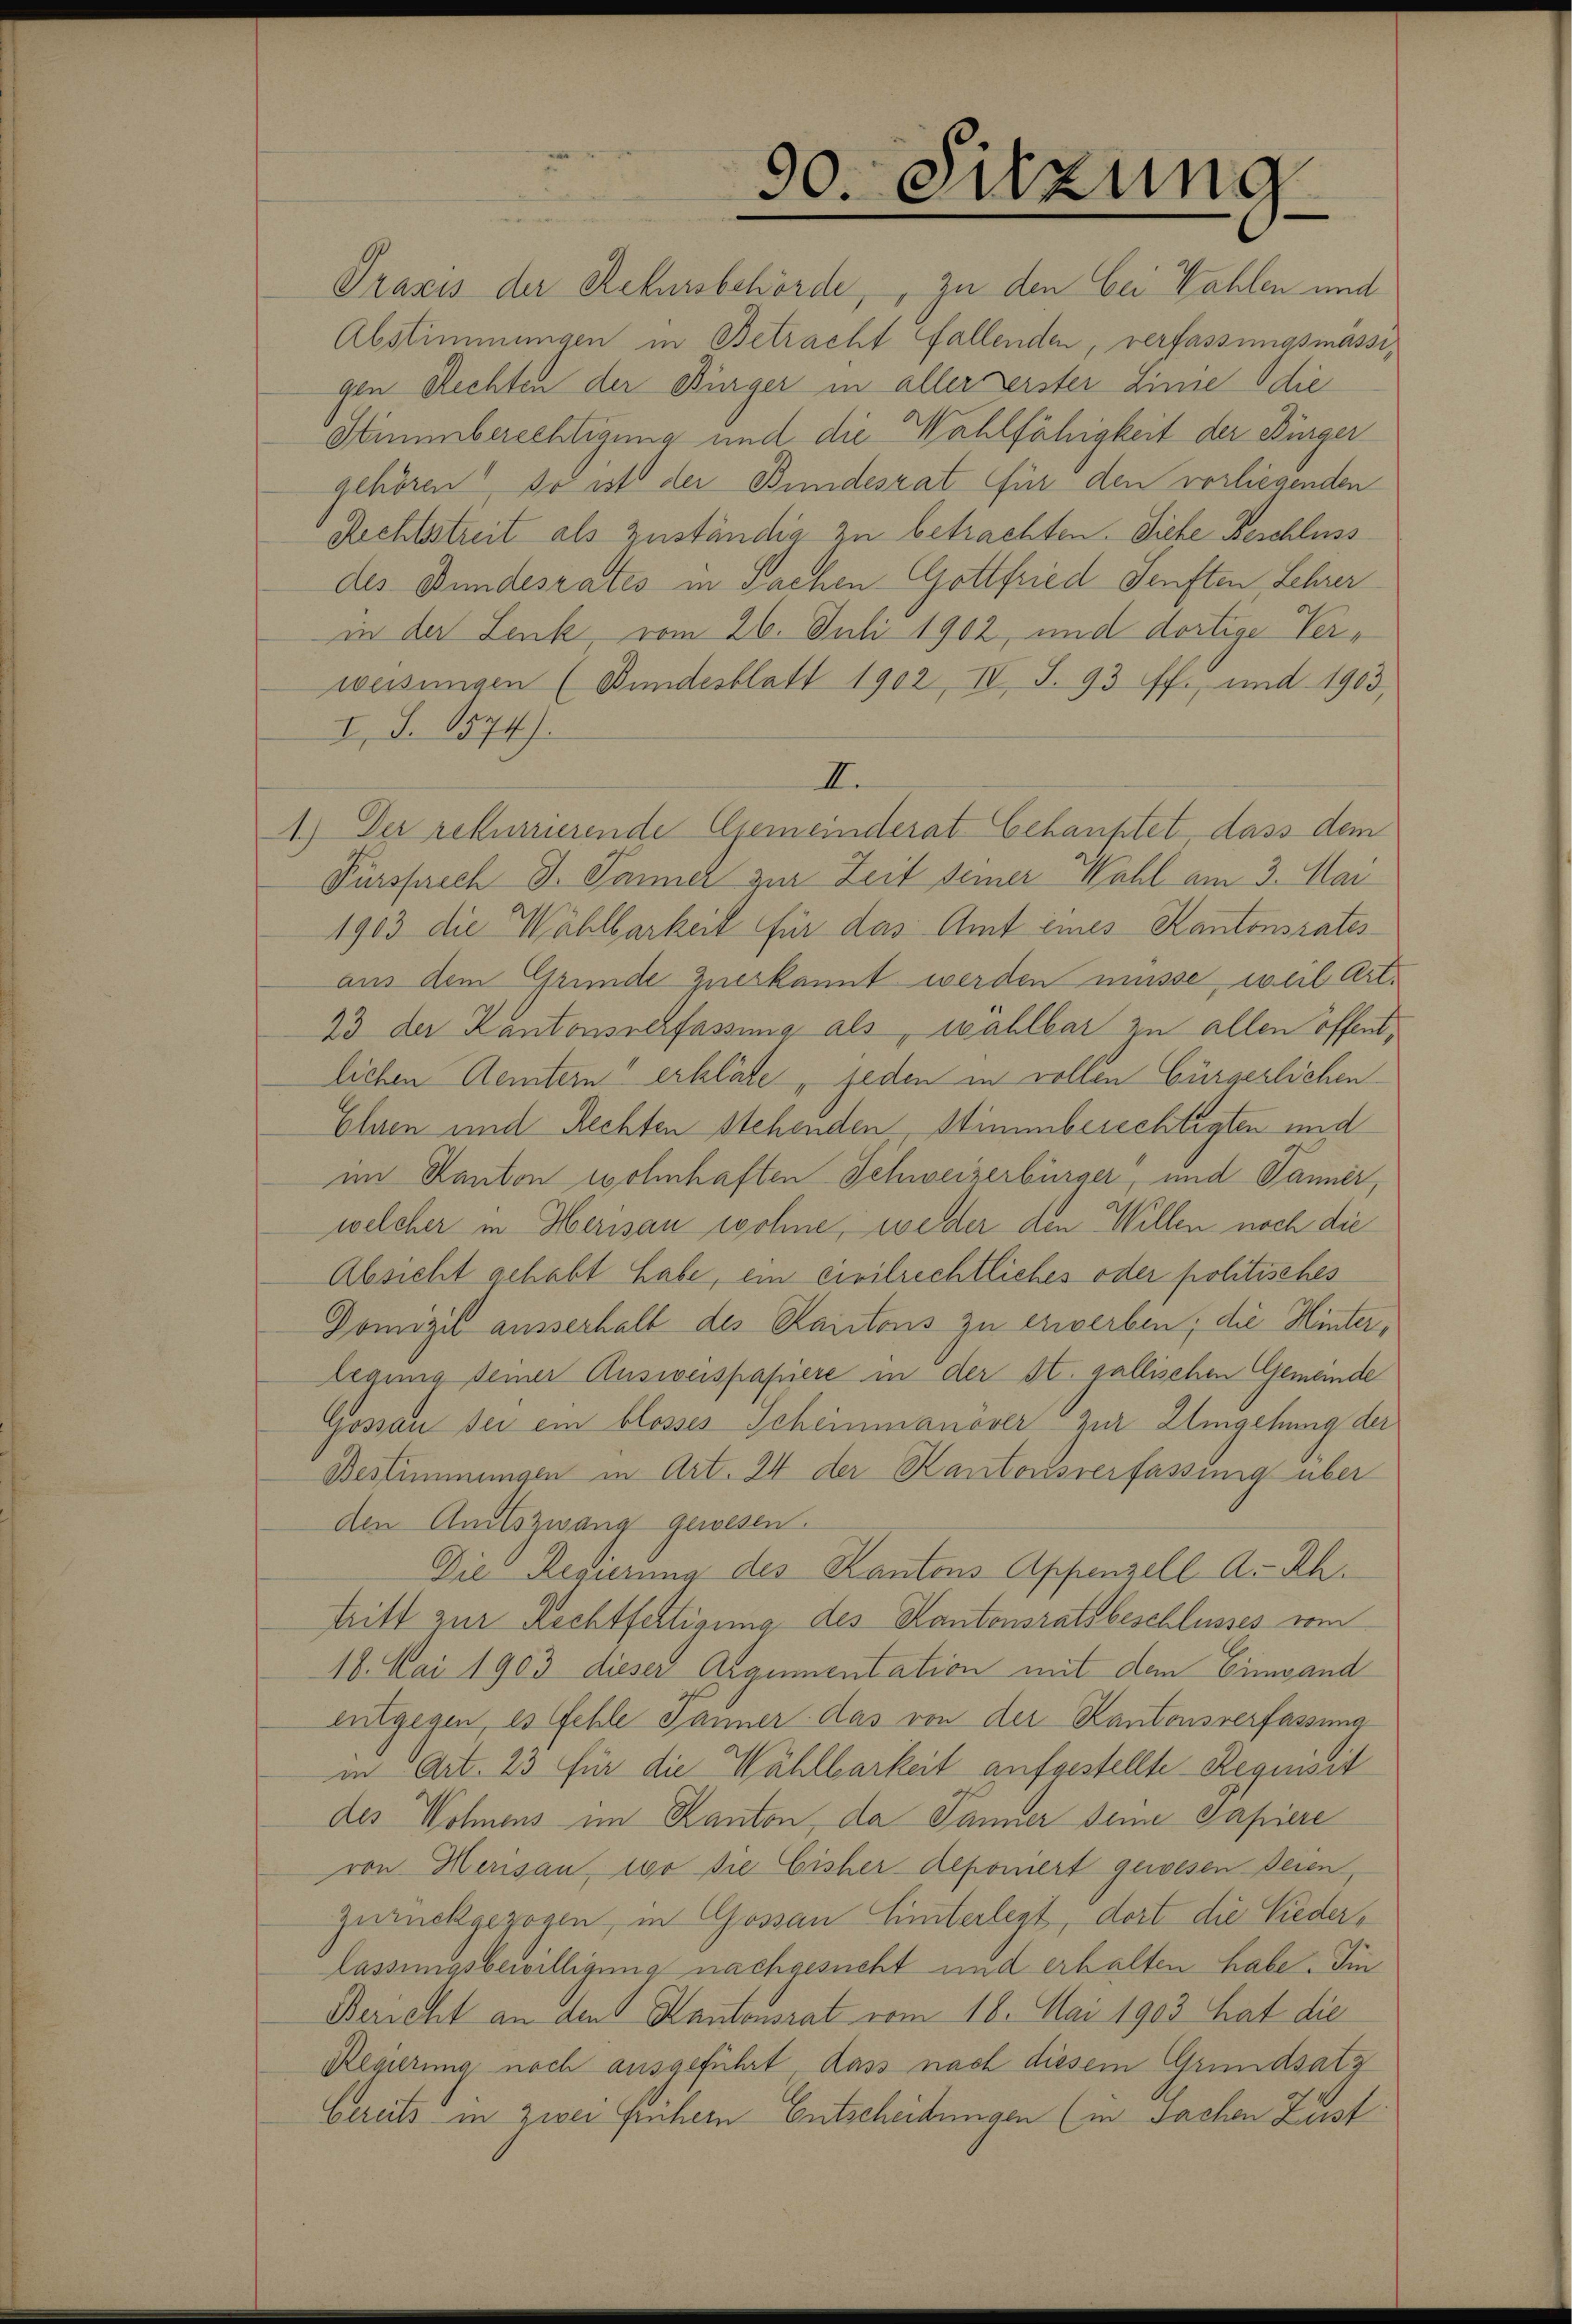
Praxis der Rekursbehörde, zu den bei Wahlen und
Abstimmungen in Betracht fallenden, verfassungsmässigen Rechten der Bürger in aller erster Linie die
Stimmberechtigung und die Wahlfähigkeit der Bürger
gehören, so ist der Bundesrat für den vorliegenden
Rechtsstreit als Zuständig zu betrachten. Siehe Beschluss
des Bundesrates in sachen Gottfried Senften Lehrer
in der Lenk, vom 26. Juli 1902, und dortige Verweisungen (Bundesblatt 1902, IV S. 93 ff., und 1903,
I. §. 1574).
II.
1.) Der rekurrierende Gemeinderat behauptet dass dem
Fürsprech J. Jänner zur Zeit seiner Wahl am 3. Mai
1903 die Wählbarkeit für das Amt eines Kantonsrates
aus dem Grunde zuerkannt werden müsse, weil Art.
23 der Kantonsschfassung als wahlbar zu allen öffentlichen Aemtern erkläre, jeden in vollen bürgerlichen
Ehren und Rechten stehenden, Stimmberechtigten und
im Kanton wohnhaften Schweizerbürger, und Panner,
welcher in Herisau wohne, weder den Willen noch die
Absicht gehabt habe, ein civilrechtliches oder politisches
Domizil ausserhalt des Kantons zu erwerben; die Hinterlegung seiner Ausweispapiere in der St. gallischen Gemeinde
Gossau sei ein blosses Scheinmanover zur Umgehung der
Bestimmungen in Art. 24 der Kantonsverfassung über
den Amtszwang gewesen.
Die Regierung des Kantons Appenzell A.-Rh.
tritt zur Rechtfertigung des Kantonsratsbeschlusses vom
18. Mai 1903 dieser Argumentation mit dem Einwand
entgegen, es fehle Jänner das von der Kantonsverfassung
in Art. 23 für die Wählbarkeit aufgestellte Requisit
des Wohnens im Kanton, da Jänner seine Papiere
von Herisau, wo die Eisher deponiert gewesen seien,
zurückgezogen, in Gossau Einterlegt, dort die Niederlassungsbewilligung nachgesucht und erhalten habe. Im
Bericht an den Kantonsrat vom 18. Mai 1903 hat die
Regierung noch ausgeführt, dass nach diesem Grundsatz
Cereits in zwei frühern Entscheidungen (in Sachen Zust

30. Sitzung